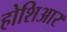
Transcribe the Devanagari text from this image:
होशिआर